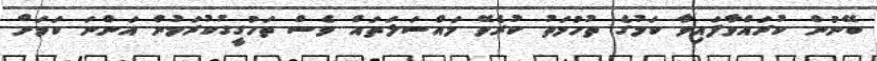
ބޭނުން ކުރައްވާފައިވާ ކަމުގެ ތުހުމަތު ކުރެވޭ މައްސަލަތައް ވެސް ތަހުގީގުކުރަމުން އަންނަ ކަމަށް